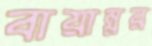
বায়ান্নর